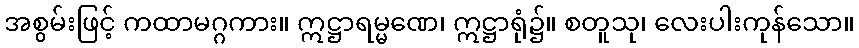
အစွမ်းဖြင့် ကထာမဂ္ဂကား။ ဣဋ္ဌာရမ္မဏေ၊ ဣဋ္ဌာရုံ၌။ စတူသု၊ လေးပါးကုန်သော။